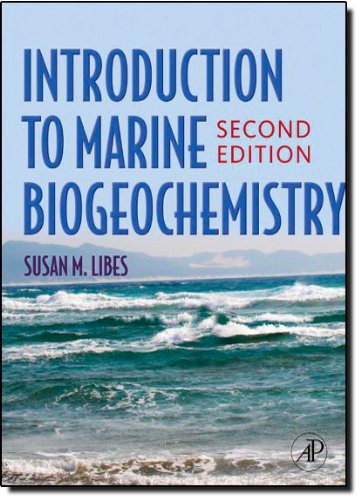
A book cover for Introduction to Marine Biogeochemistry, Second Edition; Susan Libes; Science & Math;